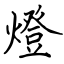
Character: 燈